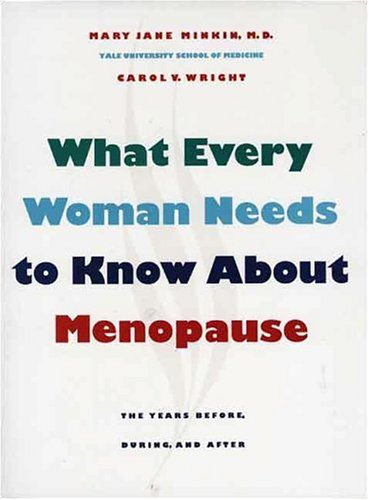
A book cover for What Every Woman Needs to Know about Menopause: The Years Before, During, and After; Mary Jane Minkin M.D.; Health, Fitness & Dieting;